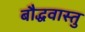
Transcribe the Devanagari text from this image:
बौद्धवास्तु